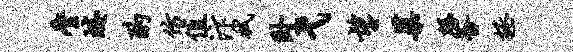
麈蜷酌仿值汴拭卧弋望蕖磬釜拯